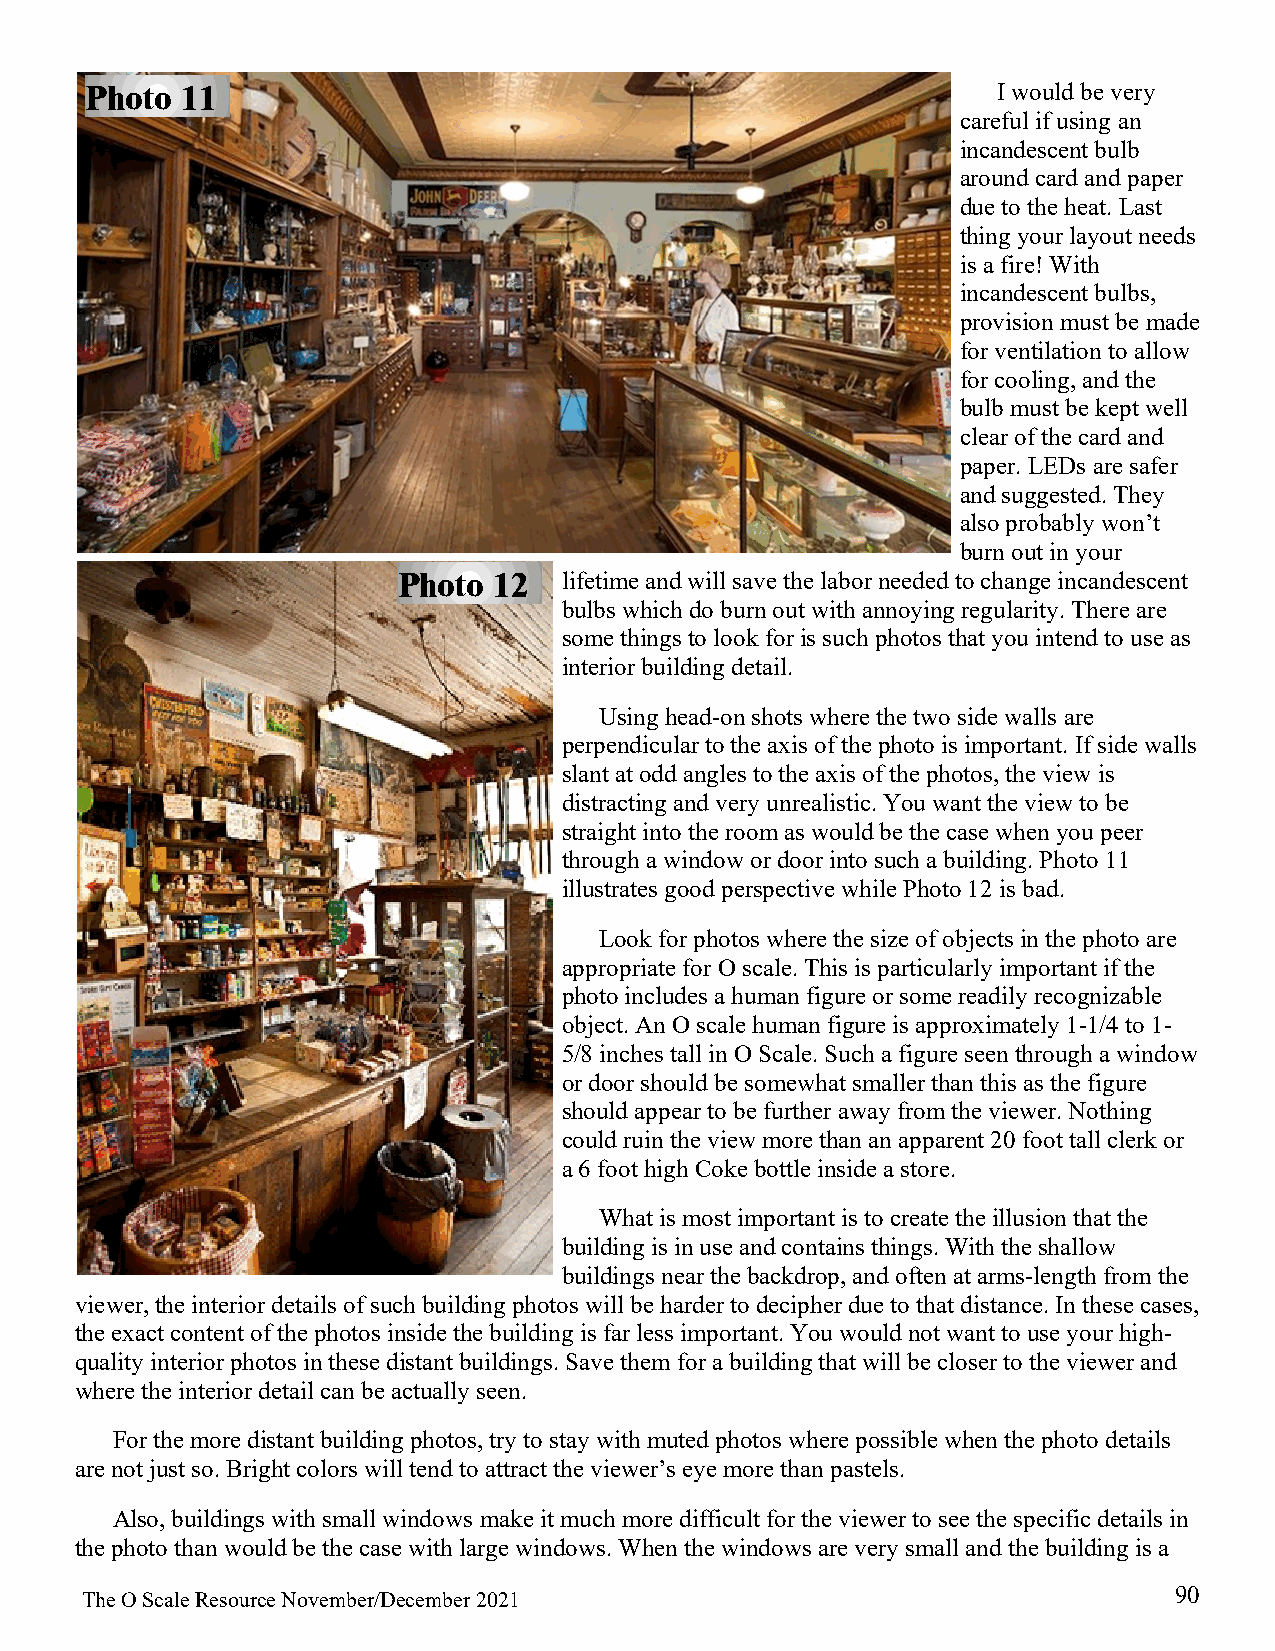
Photo 11                                                    I would be very
 careful if using an
 incandescent bulb
 around card and paper
 due to the heat. Last
 thing your layout needs
 is a fire! With
 incandescent bulbs,
 provision must be made
 for ventilation to allow
 for cooling, and the
 bulb must be kept well
 clear of the card and
 paper. LEDs are safer
 and suggested. They
 also probably won’t
 burn out in your
 Photo  12  lifetime and will save the labor needed to change incandescent
 bulbs which do burn out with annoying regularity. There are
 some things to look for is such photos that you intend to use as
 interior building detail.
 Using head-on shots where the two side walls are
 perpendicular to the axis of the photo is important. If side walls
 slant at odd angles to the axis of the photos, the view is
 distracting and very unrealistic. You want the view to be
 straight into the room as would be the case when you peer
 through a window or door into such a building. Photo 11
 illustrates good perspective while Photo 12 is bad.
 Look for photos where the size of objects in the photo are
 appropriate for O scale. This is particularly important if the
 photo includes a human figure or some readily recognizable
 object. An O scale human figure is approximately 1-1/4 to 1-
 5/8 inches tall in O Scale. Such a figure seen through a window
 or door should be somewhat smaller than this as the figure
 should appear to be further away from the viewer. Nothing
 could ruin the view more than an apparent 20 foot tall clerk or
 a 6 foot high Coke bottle inside a store.
 What is most important is to create the illusion that the
 building is in use and contains things. With the shallow
 buildings near the backdrop, and often at arms-length from the
 viewer, the interior details of such building photos will be harder to decipher due to that distance. In these cases,
 the exact content of the photos inside the building is far less important. You would not want to use your high-
 quality interior photos in these distant buildings. Save them for a building that will be closer to the viewer and
 where the interior detail can be actually seen.
 For the more distant building photos, try to stay with muted photos where possible when the photo details
 are not just so. Bright colors will tend to attract the viewer’s eye more than pastels.
 Also, buildings with small windows make it much more difficult for the viewer to see the specific details in
 the photo than would be the case with large windows. When the windows are very small and the building is a
 90
 The O Scale Resource November/December 2021